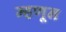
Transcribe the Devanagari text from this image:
म्हणून